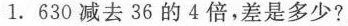
1.630减去36的4倍，差是多少?